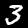
Label: 3